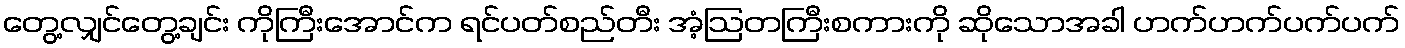
တွေ့လျှင်တွေ့ချင်း ကိုကြီးအောင်က ရင်ပတ်စည်တီး အံ့ဩတကြီးစကားကို ဆိုသောအခါ ဟက်ဟက်ပက်ပက်